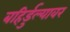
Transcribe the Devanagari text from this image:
बहिर्डुल्यावर